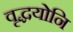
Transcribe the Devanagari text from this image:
वृद्धयोनि